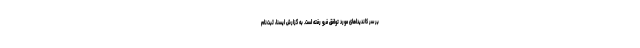
بر سر کاندیداهای مورد توافق فرو رفته است. به گزارش ایسنا، ثبت‌نام